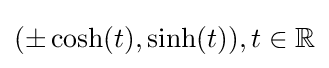
(\pm \cosh(t),\sinh(t)),t\in \mathbb {R}